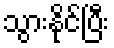
သွားနိုင်ပြီး